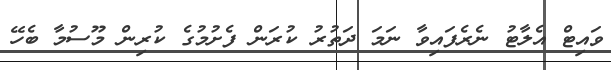
ވައިޓް އެލާޓު ނެރެފައިވާ ނަމަ ދަތުރު ކުރަން ފެށުމުގެ ކުރިން މޫސުމާ ބެހޭ